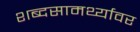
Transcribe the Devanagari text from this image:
शब्दसामर्थ्यावर